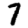
Digit: 7